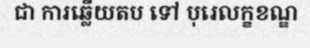
ជា ការឆ្លើយតប ទៅ បុរេលក្ខខណ្ឌ